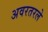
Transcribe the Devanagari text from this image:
अवरतरले